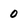
Character: 0